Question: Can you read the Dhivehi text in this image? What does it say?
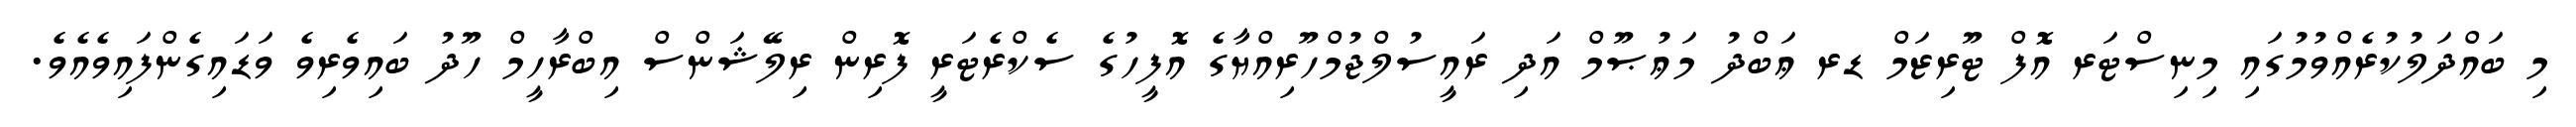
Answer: މި ބައްދަލުކުރެއްވުމުގައި މިނިސްޓަރ އޮފް ޓޫރިޒަމް ޑރ ޢަބްދު މަޢުޞޫމް އަދި ރައީސުލްޖުމްހޫރިއްޔާގެ އޮފީހުގެ ސެކްރެޓަރީ ފޮރިން ރިލޭޝަންސް އިބްރާހީމް ހޫދު ބައިވެރިވެ ވަޑައިގެންފައިވެއެވެ.